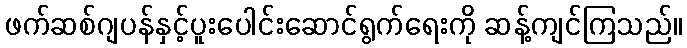
ဖက်ဆစ်ဂျပန်နှင့်ပူးပေါင်းဆောင်ရွက်ရေးကို ဆန့်ကျင်ကြသည်။